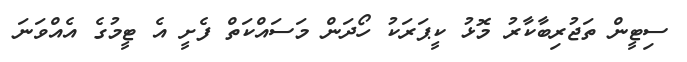
ސިޓީން ތަޖުރިބާކާރު މޮޅު ކީޕަރަކު ހޯދަން މަސައްކަތް ފެށީ އެ ޓީމުގެ އެއްވަނަ